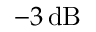
- 3 \, \mathrm { d B }